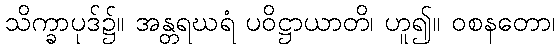
သိက္ခာပုဒ်၌။ အန္တရဃရံ ပဝိဋ္ဌာယာတိ၊ ဟူ၍။ ဝစနတော၊